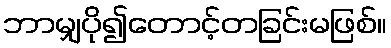
ဘာမျှပို၍တောင့်တခြင်းမဖြစ်။